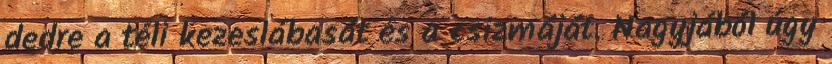
dedre a téli kezeslábasát és a csizmáját. Nagyjából úgy